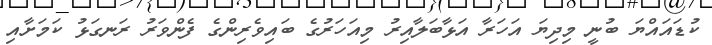
ކުޑައައްޔަ ބުނީ މިދިޔަ އަހަރާ އަޅާބަލާއިރު މިއަހަރުގެ ބައިވެރިންގެ ފެންވަރު ރަނގަޅު ކަމަށާއި